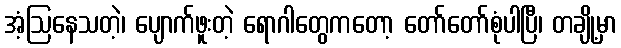
အံ့ဩနေသတဲ့၊ ပျောက်ဖူးတဲ့ ရောဂါတွေကတော့ တော်တော်စုံပါပြီ၊ တချို့မှာ